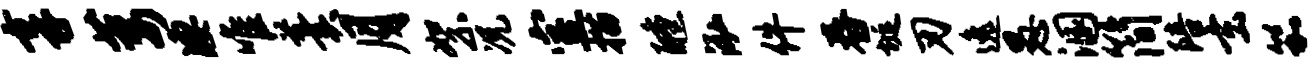
享萎凄唯羹月絮况室描醺泓件舂埏刃逸愚溷简陪玄笳